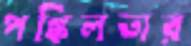
পঙ্কিলতার